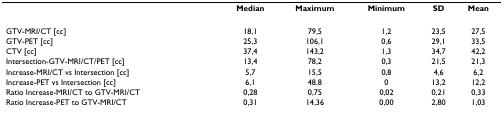
<table><thead><tr><td></td><td><b>Median</b></td><td><b>Maximum</b></td><td><b>Minimum</b></td><td><b>SD</b></td><td><b>Mean</b></td></tr></thead><tbody><tr><td>GTV-MRI/CT [cc]</td><td>18,1</td><td>79,5</td><td>1,2</td><td>23,5</td><td>27,5</td></tr><tr><td>GTV-PET [cc]</td><td>25,3</td><td>106,1</td><td>0,6</td><td>29,1</td><td>33,5</td></tr><tr><td>CTV [cc]</td><td>37,4</td><td>143,2</td><td>1,3</td><td>34,7</td><td>42,2</td></tr><tr><td>Intersection-GTV-MRI/CT/PET [cc]</td><td>13,4</td><td>78,2</td><td>0,3</td><td>21,5</td><td>21,3</td></tr><tr><td>Increase-MRI/CT vs Intersection [cc]</td><td>5,7</td><td>15,5</td><td>0,8</td><td>4,6</td><td>6,2</td></tr><tr><td>Increase-PET vs Intersection [cc]</td><td>6,1</td><td>48,8</td><td>0</td><td>13,2</td><td>12,2</td></tr><tr><td>Ratio Increase-MRI/CT to GTV-MRI/CT</td><td>0,28</td><td>0,75</td><td>0,02</td><td>0,21</td><td>0,33</td></tr><tr><td>Ratio Increase-PET to GTV-MRI/CT</td><td>0,31</td><td>14,36</td><td>0,00</td><td>2,80</td><td>1,03</td></tr></tbody></table>